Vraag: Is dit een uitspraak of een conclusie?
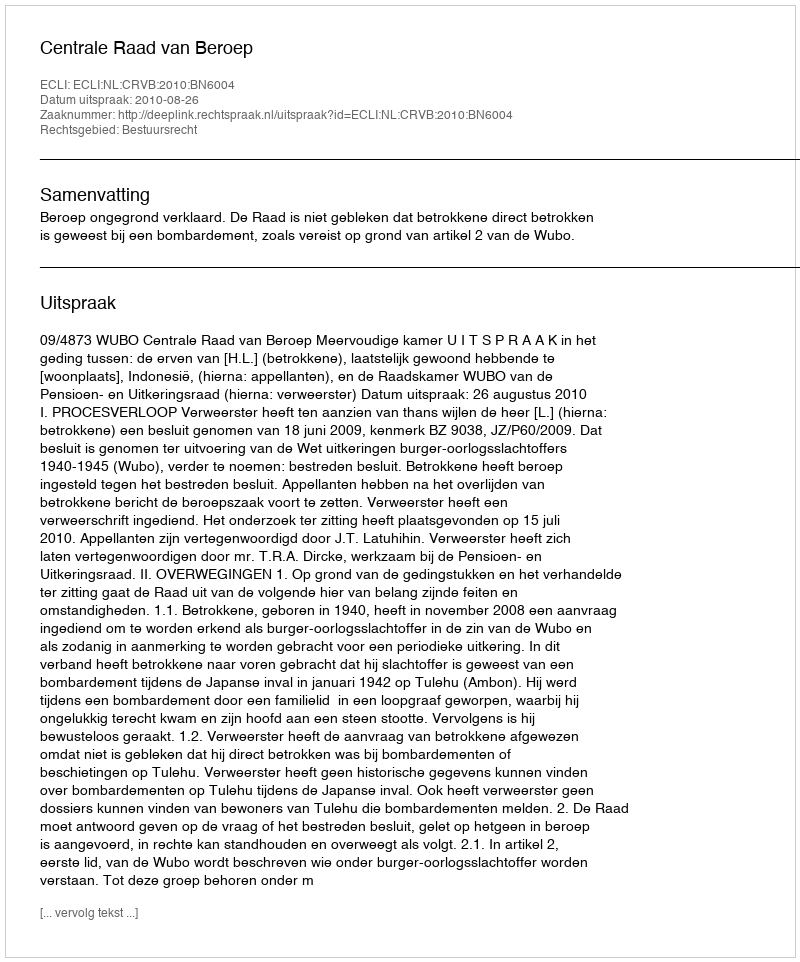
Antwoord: Uitspraak